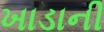
ખાડાની